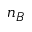
n _ { B }